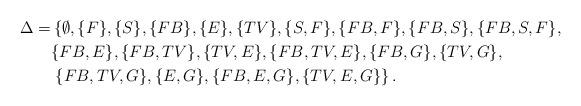
LaTeX: \begin{align*}\Delta=&\left\{\emptyset, \{F\}, \{S\}, \{FB\}, \{E\}, \{TV\}, \{S, F\}, \{FB, F\}, \{FB, S\},\{FB, S, F\}, \right. \\&\{FB, E\}, \{FB, TV\}, \{TV, E\}, \{FB, TV, E\},\{FB, G\}, \{TV, G\}, \\&\left. \{FB, TV, G\},\{E, G\}, \{FB, E, G\}, \{TV, E, G\} \right\}.\end{align*}